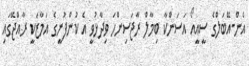
އެން-އޭބަލްގެ ސީއީއޯ އަސަންކާ ބިމާލް ރާޖަސިންހަ ވިދާޅުވީ އެ ކުންފުނީގެ އަމާޒަކީ ރާއްޖޭގައި